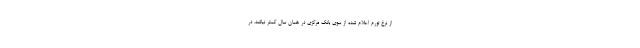
از نرخ تورم اعلام شده از سوی بانک مرکزی در همان سال کمتر نباشد. در